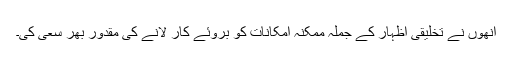
انھوں نے تخلیقی اظہار کے جملہ ممکنہ امکانات کو بروئے کار لانے کی مقدور بھر سعی کی۔